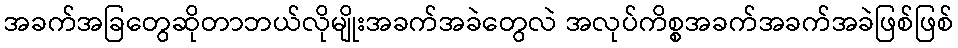
အခက်အခြတွေဆိုတာဘယ်လိုမျိုးအခက်အခဲတွေလဲ အလုပ်ကိစ္စအခက်အခက်အခဲဖြစ်ဖြစ်